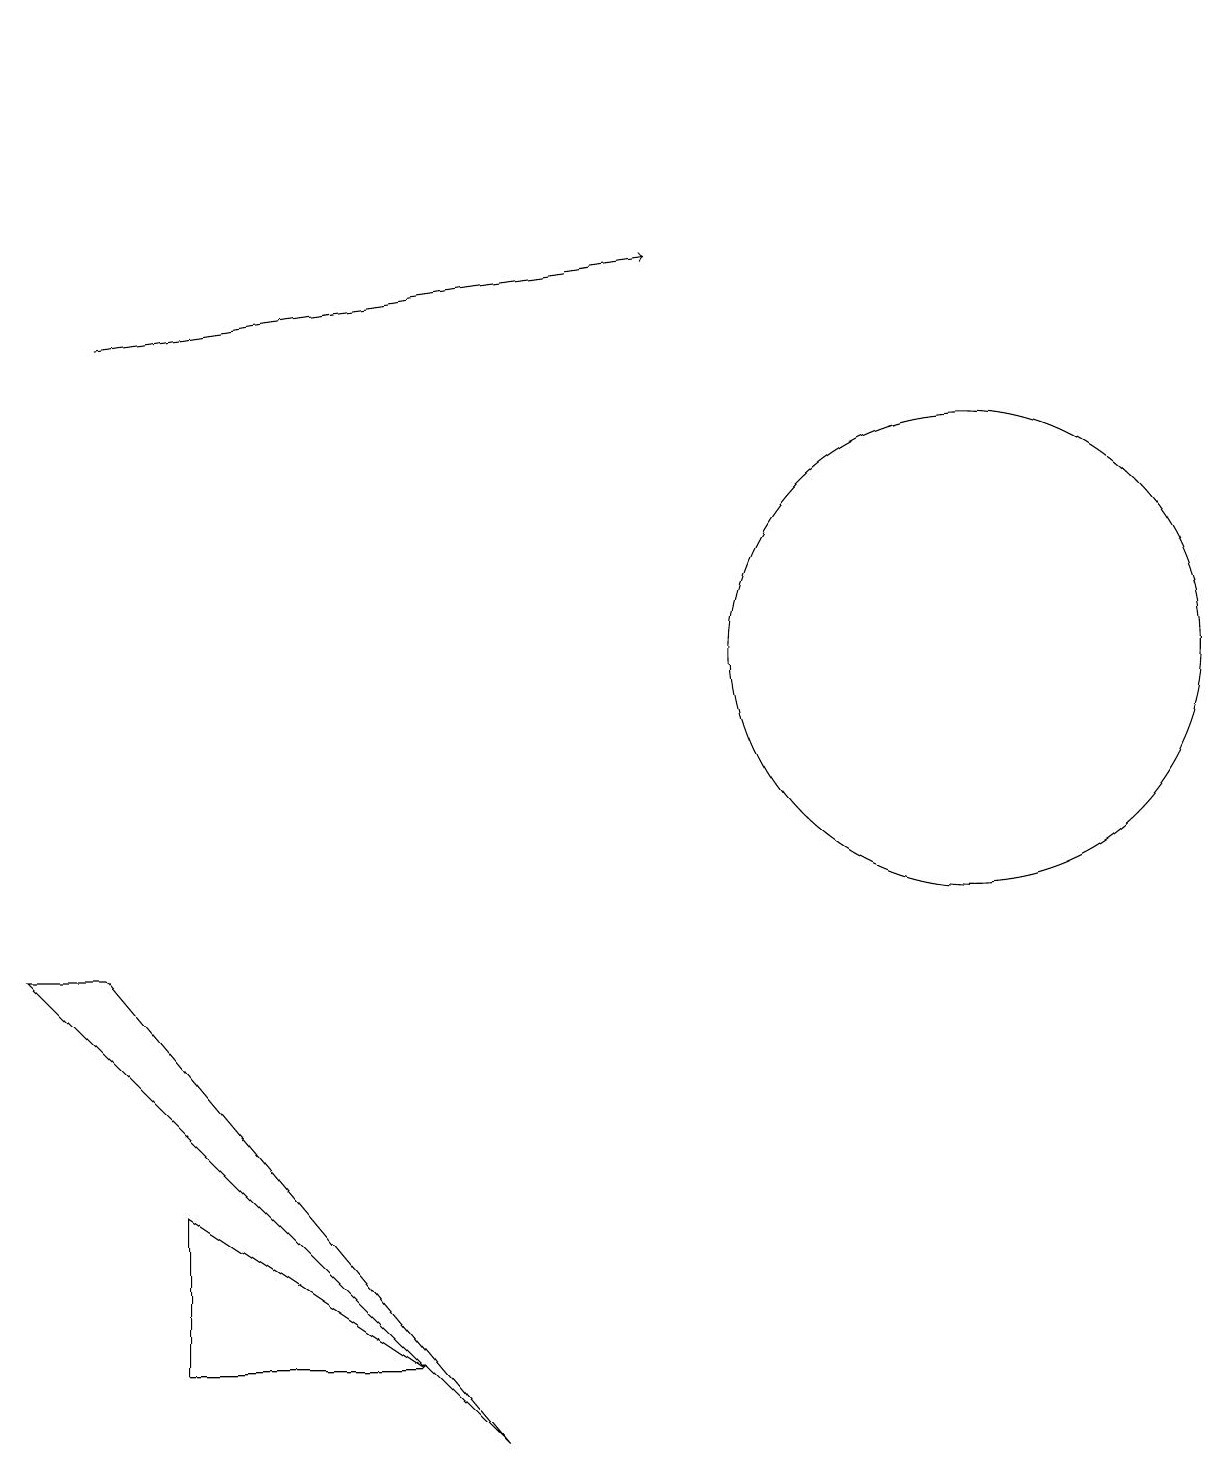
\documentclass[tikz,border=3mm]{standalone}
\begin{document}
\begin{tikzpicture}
\draw (1,6) -- (0,6) -- (6,0) -- cycle;
\draw[->] (1,14) -- (8,15);
\draw (12,10) circle (3);
\draw (5,18) rectangle (5,18);
\draw (2,1) -- (5,1) -- (2,3) -- cycle;
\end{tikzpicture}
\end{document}